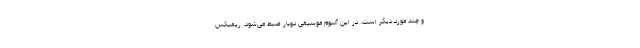
و چند مورد دیگر است. در این آلبوم موسیقی دوبار ضبط می‌شود. ریمیکس